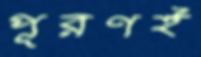
পূরণই